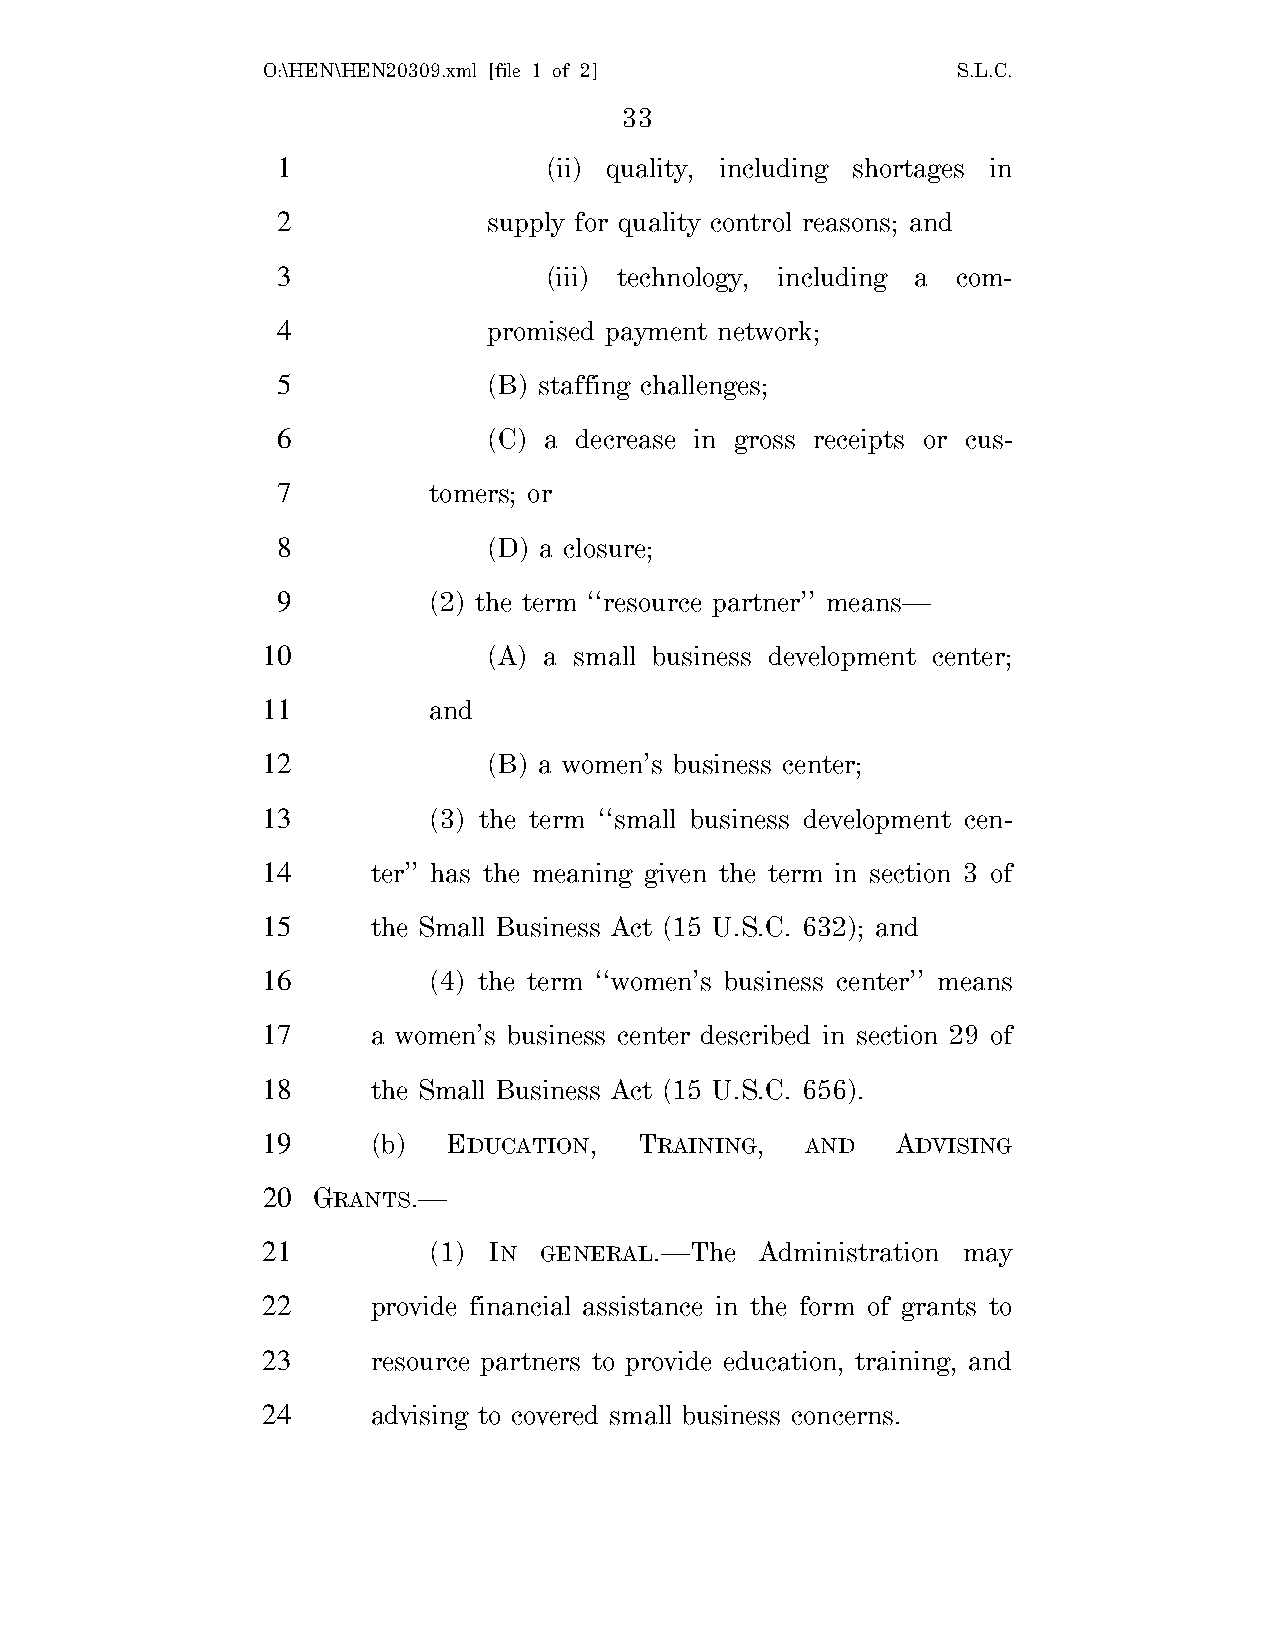
O:\HEN\HEN20309.xml [file 1 of 2]             S.L.C.
 33
 1                 (ii) quality, including shortages in
 2             supply for quality control reasons; and
 3                 (iii) technology, including a com-
 4             promised payment network;
 5             (B) staffing challenges;
 6             (C) a decrease in gross receipts or cus-
 7         tomers; or
 8             (D) a closure;
 9         (2) the term ‘‘resource partner’’ means—
 10             (A) a small business development center;
 11         and
 12             (B) a women’s business center;
 13         (3) the term ‘‘small business development cen-
 14      ter’’ has the meaning given the term in section 3 of
 15      the Small Business Act (15 U.S.C. 632); and
 16         (4) the term ‘‘women’s business center’’ means
 17      a women’s business center described in section 29 of
 18      the Small Business Act (15 U.S.C. 656).
 19      (b)  EDUCATION,  TRAINING,  AND   ADVISING
 20  GRANTS.—
 21         (1) IN  GENERAL.—The  Administration may
 22      provide financial assistance in the form of grants to
 23      resource partners to provide education, training, and
 24      advising to covered small business concerns.